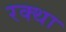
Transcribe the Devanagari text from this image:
रक्था